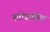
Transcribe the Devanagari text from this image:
स्तोत्रातील